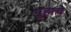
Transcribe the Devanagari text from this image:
गुहाचे